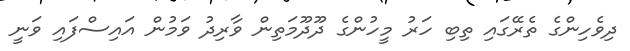
ދިވެހިންގެ ތެރޭގައި ތިބި ހަރު މީހުންގެ ދޫދޫމަތިން ވާރިދު ވަމުން އައިސްފައި ވަނީ